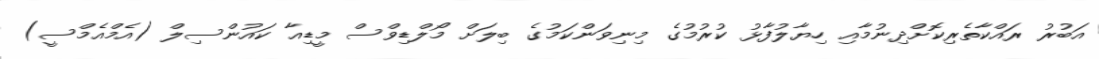
އަބުރު ރައްކާތެރިކޮށްދިނުމާއި ހިޔާލުފާޅު ކުރުމުގެ މިނިވަންކަމުގެ ބިލަށް މޯލްޑިވްސް މީޑިއާ ކައުންސިލް (އެމްއެމްސީ)